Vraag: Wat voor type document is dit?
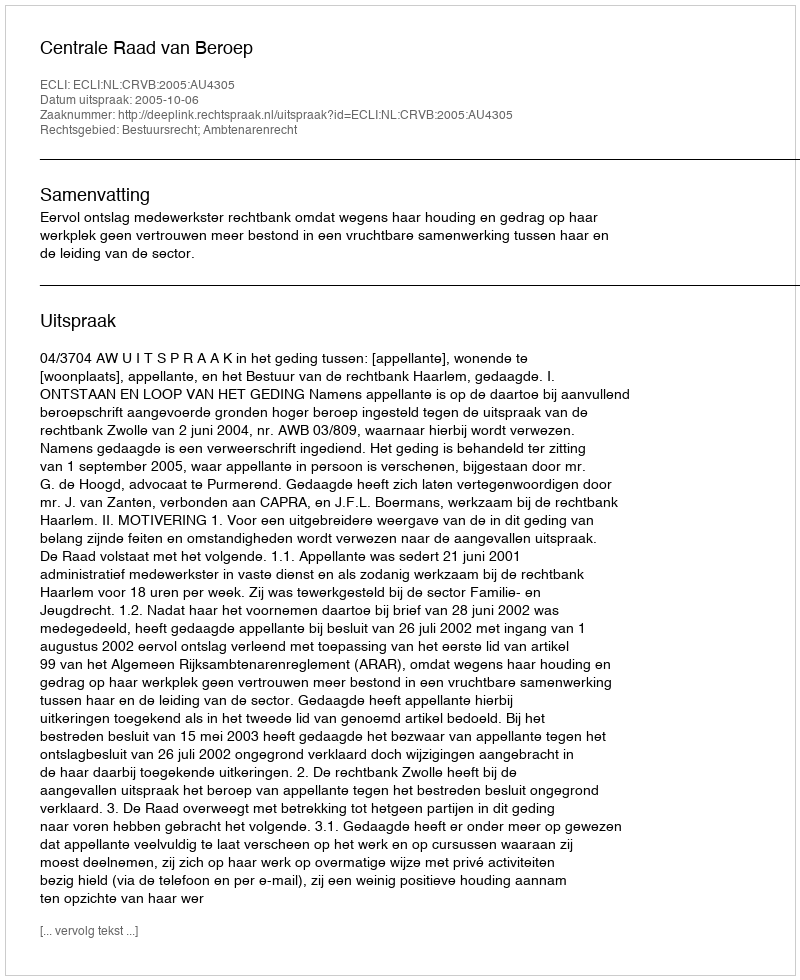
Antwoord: Uitspraak